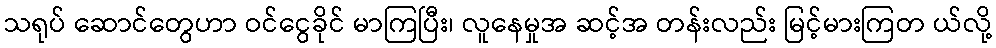
သရုပ် ဆောင်တွေဟာ ဝင်ငွေခိုင် မာကြပြီး၊ လူနေမှုအ ဆင့်အ တန်းလည်း မြင့်မားကြတ ယ်လို့